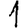
Digit: 1